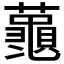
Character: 𮒮